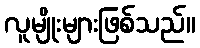
လူမျိုးများဖြစ်သည်။